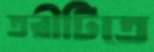
তরীটিতে